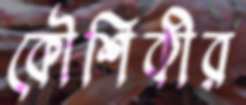
কৌশিকীর